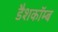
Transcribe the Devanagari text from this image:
डैशकॉम्ब